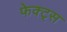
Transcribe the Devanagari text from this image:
फेक्ट्स